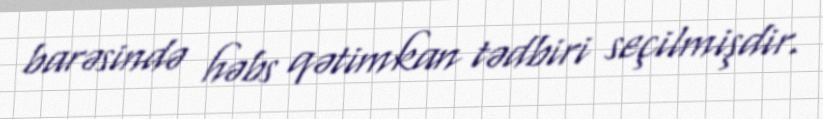
barəsində həbs qətimkan tədbiri seçilmişdir.